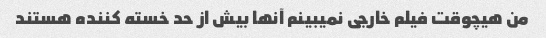
من هیچوقت فیلم خارجی نمیبینم آنها بیش از حد خسته کننده هستند